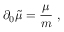
\partial _ { 0 } \tilde { \mu } = \frac { \mu } { m } \; ,